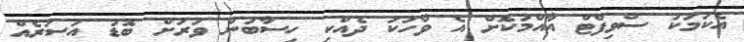
އެކަމަކު ސްވިފްޓް އާއްމުކޮށް އެ ވާހަކަ ދެއްކި ހިސާބުން ވަރަށް ބޮޑު އަސަރެއް